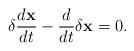
LaTeX: \begin{align*}\delta\dfrac{d\textbf{x}}{dt}-\dfrac{d}{dt}\delta\textbf{x}=0.\end{align*}